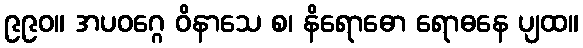
၉၉၀။ အပဝဂ္ဂေ ဝိနာသေ စ၊ နိရောဓော ရောဓနေ ပျထ။